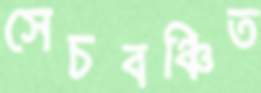
সেচবঞ্চিত